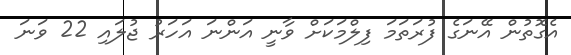
އެގޮތުން އޭނަގެ ފުރަތަމަ ފިލްމަކަށް ވާނީ އަންނަ އަހަރު ޖުލައި 22 ވަނަ